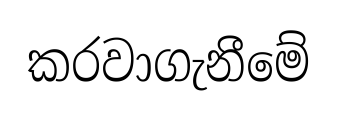
කරවාගැනීමේ